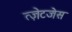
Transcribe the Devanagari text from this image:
त्ज़ेटजेस